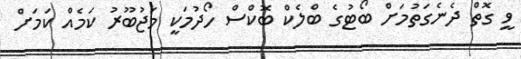
ވީ ގޮތް ދެނެގަތުމަށް ބޯޓުގެ ބްލެކް ބޮކްސް ހޯދުމަކީ މަޖުބޫރު ކަމެއް ކަމަށް